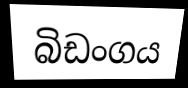
බිඩංගය